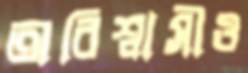
অবিশ্বাসীও